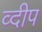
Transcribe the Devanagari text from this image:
व्दीप